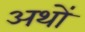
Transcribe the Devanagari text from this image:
अथों